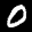
Label: 0